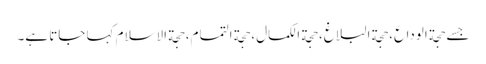
جسے حجة الوداع، حجة البلاغ، حجة الکمال، حجة التمام، حجة الاسلام کہا جاتا ہے۔